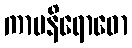
ကာမနိရောဓော